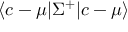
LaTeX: \langle c - \mu | \Sigma ^ { + } | c - \mu \rangle